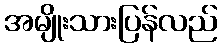
အမျိုးသားပြန်လည်